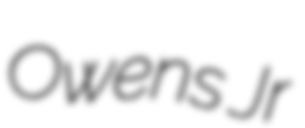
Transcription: Owens Jr